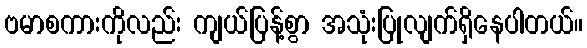
ဗမာစကားကိုလည်း ကျယ်ပြန့်စွာ အသုံးပြုလျက်ရှိနေပါတယ်။